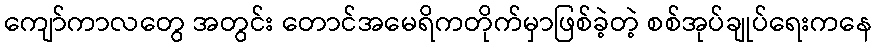
ကျော်ကာလတွေ အတွင်း တောင်အမေရိကတိုက်မှာဖြစ်ခဲ့တဲ့ စစ်အုပ်ချုပ်ရေးကနေ